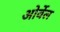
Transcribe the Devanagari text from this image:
ओर्वेल